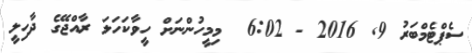
ސެޕްޓެމްބަރު 9